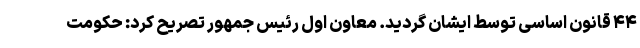
۴۴ قانون اساسی توسط ایشان گردید. معاون اول رئیس جمهور تصریح کرد: حکومت